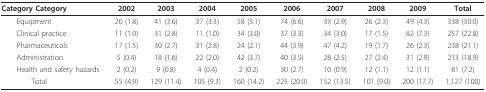
| Category Category | 2002 | 2003 | 2004 | 2005 | 2006 | 2007 | 2008 | 2009 | Total |
 | --- | --- | --- | --- | --- | --- | --- | --- | --- | --- |
 | Equipment | 20 (1.8) | 41 (3.6) | 37 (3.3) | 58 (5.1) | 74 (6.6) | 33 (2.9) | 26 (2.3) | 49 (4.3) | 338 (30.0) |
 | Clinical practice | 11 (1.0) | 31 (2.8) | 11 (1.0) | 34 (3.0) | 37 (3.3) | 34 (3.0) | 17 (1.5) | 82 (7.3) | 257 (22.8) |
 | Pharmaceuticals | 17 (1.5) | 30 (2.7) | 31 (2.8) | 24 (2.1) | 44 (3.9) | 47 (4.2) | 19 (1.7) | 26 (2.3) | 238 (21.1) |
 | Administration | 5 (0.4) | 18 (1.6) | 22 (2.0) | 42 (3.7) | 40 (3.5) | 28 (2.5) | 27 (2.4) | 31 (2.9) | 213 (18.9) |
 | Health and safety hazards | 2 (0.2) | 9 (0.8) | 4 (0.4) | 2 (0.2) | 30 (2.7) | 10 (0.9) | 12 (1.1) | 12 (1.1) | 81 (7.2) |
 | Total | 55 (4.9) | 129 (11.4) | 105 (9.3) | 160 (14.2) | 225 (20.0) | 152 (13.5) | 101 (9.0) | 200 (17.7) | 1,127 (100) |